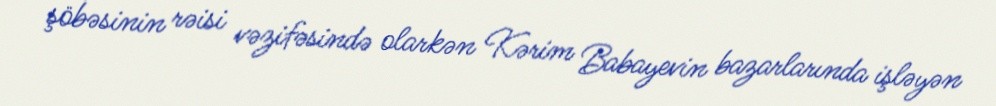
şöbəsinin rəisi vəzifəsində olarkən Kərim Babayevin bazarlarında işləyən